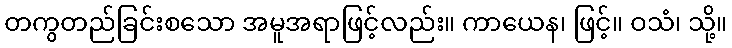
တကွတည်ခြင်းစသော အမူအရာဖြင့်လည်း။ ကာယေန၊ ဖြင့်။ ဝသံ၊ သို့။